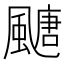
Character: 𩘜